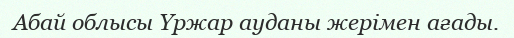
Абай облысы Үржар ауданы жерімен ағады.